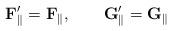
LaTeX: \begin{align*}\mathbf{F}_{\parallel}^{\prime}=\mathbf{F}_{\parallel},\qquad\mathbf{G}_{\parallel}^{\prime}=\mathbf{G}_{\parallel} \end{align*}